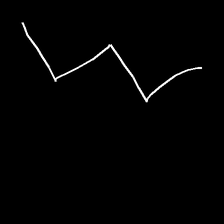
Glyph: crush